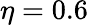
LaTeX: \eta=0.6